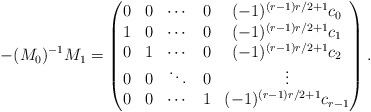
\begin{align*}-(M_0)^{-1} M_1 =\begin{pmatrix}0 & 0 & \cdots & 0 & (-1)^{(r-1)r/2+1} c_0 \\1 & 0 & \cdots & 0 & (-1)^{(r-1)r/2+1} c_1 \\0 & 1 & \cdots & 0 & (-1)^{(r-1)r/2+1} c_2 \\0 & 0 & \ddots & 0 & \vdots \\0 & 0 & \cdots & 1 & (-1)^{(r-1)r/2+1} c_{r-1}\end{pmatrix}.\end{align*}